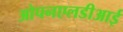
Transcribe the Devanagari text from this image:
ओपनएलडीआई